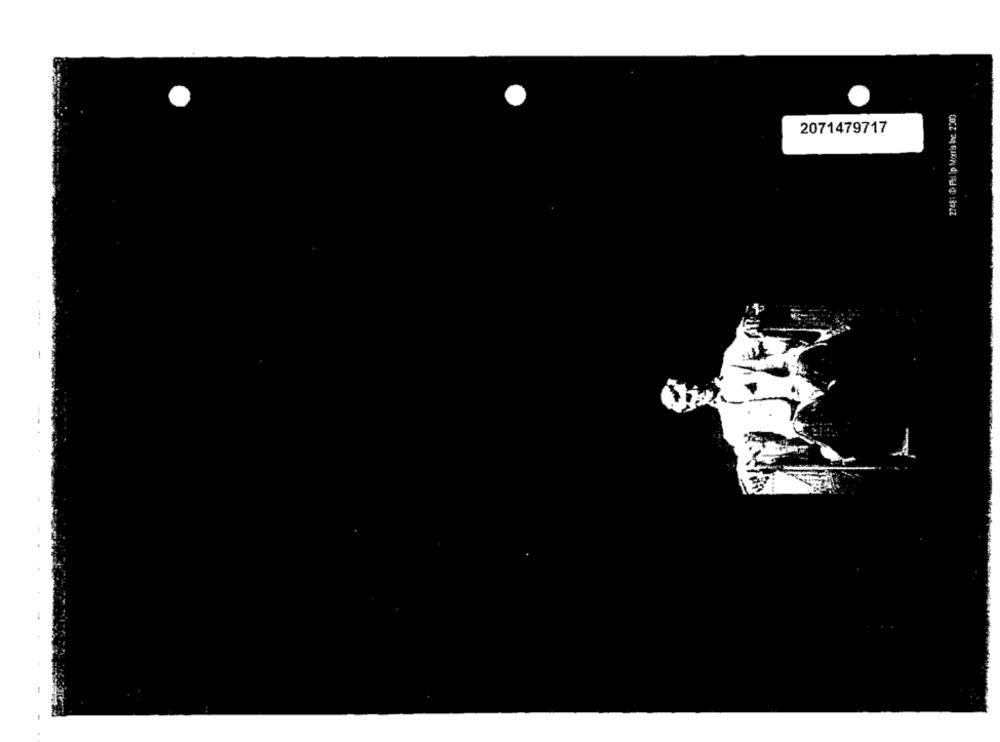
2748: 1 Philip Moris be 2:00
2071479717